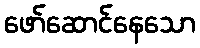
ဖော်ဆောင်နေသော